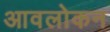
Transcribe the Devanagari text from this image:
आवलोकन